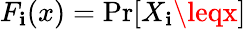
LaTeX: F_{\mathbf{i}}(x)=\operatorname*{Pr}[X_{\mathbf{i}}\leqx]